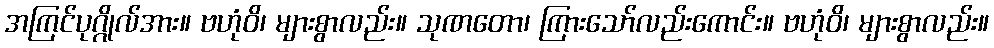
အကြင်ပုဂ္ဂိုလ်အား။ ဗဟုံဝိ၊ များစွာလည်း။ သုဏတော၊ ကြားသော်လည်းကောင်း။ ဗဟုံဝိ၊ များစွာလည်း။